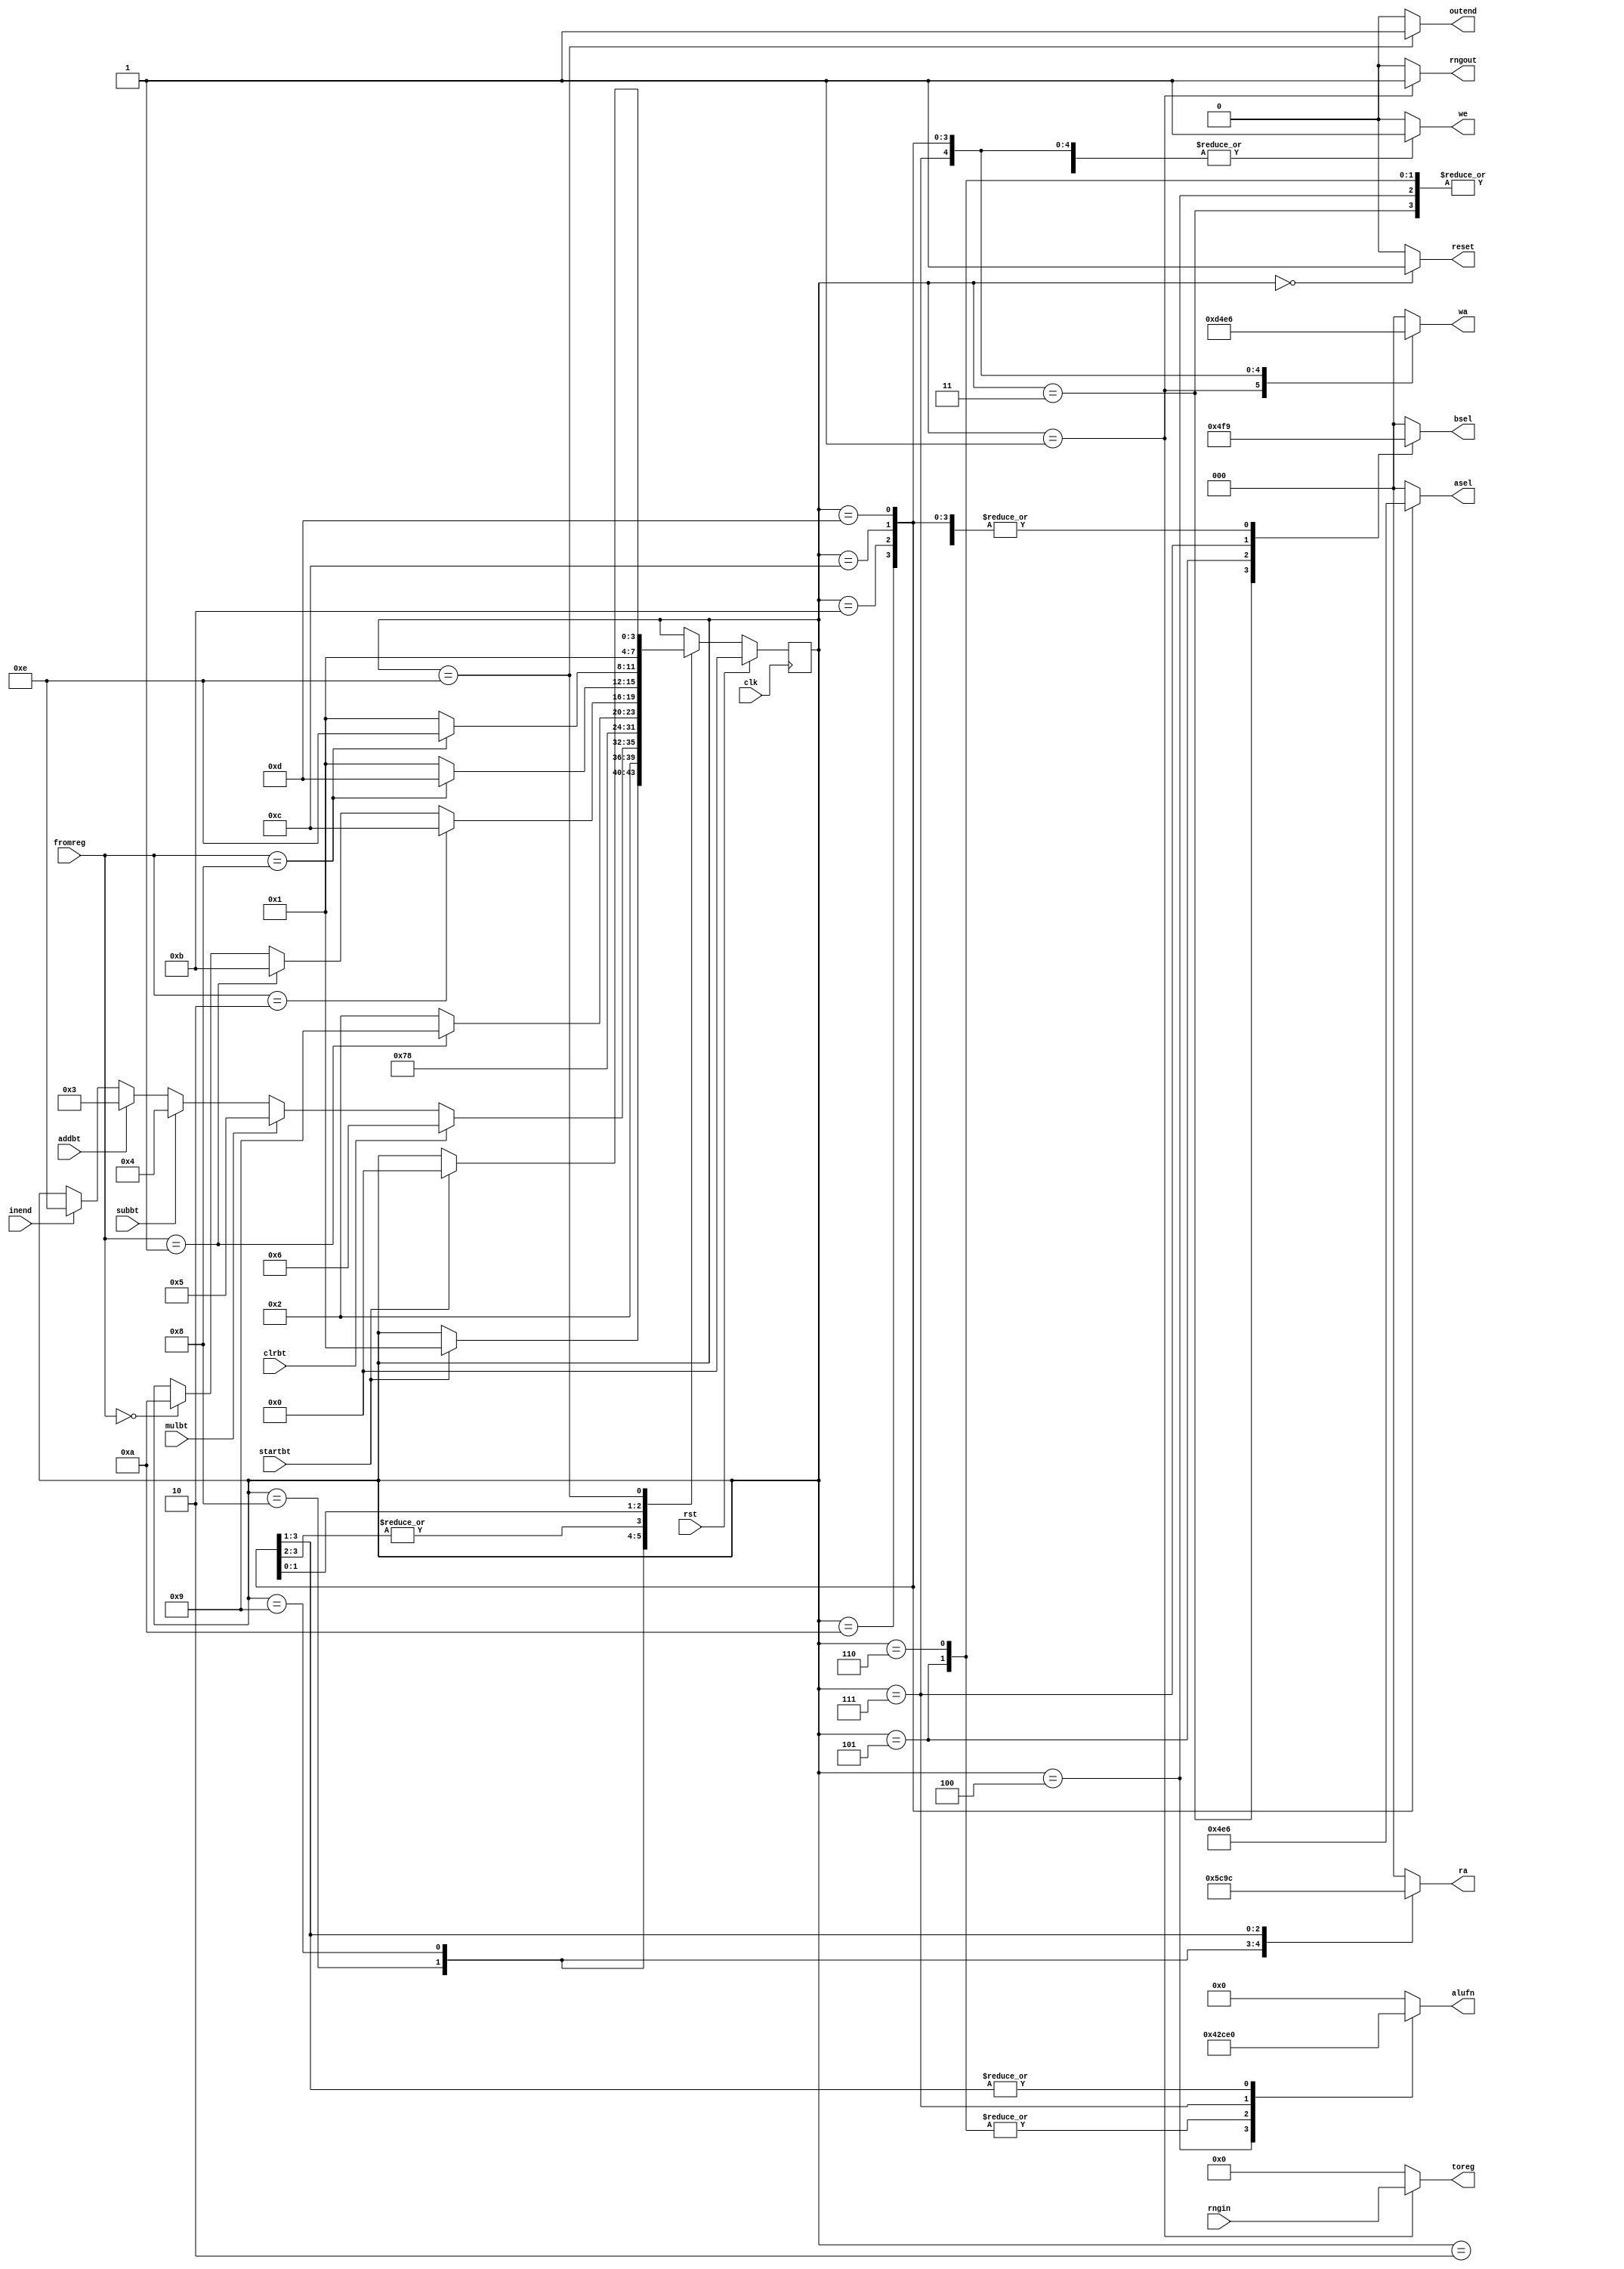
/*
   This file was generated automatically by the Mojo IDE version B1.3.6.
   Do not edit this file directly. Instead edit the original Lucid source.
   This is a temporary file and any changes made to it will be destroyed.
*/

module statemachine_6 (
    input clk,
    input rst,
    input addbt,
    input subbt,
    input mulbt,
    input startbt,
    input clrbt,
    input [15:0] fromreg,
    input [15:0] rngin,
    input inend,
    output reg [2:0] ra,
    output reg [5:0] alufn,
    output reg [2:0] bsel,
    output reg [2:0] asel,
    output reg we,
    output reg [2:0] wa,
    output reg [15:0] toreg,
    output reg reset,
    output reg rngout,
    output reg outend
  );
  
  
  
  localparam IDLE_state = 4'd0;
  localparam SELPROB_state = 4'd1;
  localparam PROB_state = 4'd2;
  localparam ADD_state = 4'd3;
  localparam SUB_state = 4'd4;
  localparam MUL_state = 4'd5;
  localparam CLR_state = 4'd6;
  localparam CMP_state = 4'd7;
  localparam CHECKRES_state = 4'd8;
  localparam CHECKLN_state = 4'd9;
  localparam MOVELN1_state = 4'd10;
  localparam MOVELN2_state = 4'd11;
  localparam MOVELN3_state = 4'd12;
  localparam CHGLN_state = 4'd13;
  localparam END_state = 4'd14;
  
  reg [3:0] M_state_d, M_state_q = IDLE_state;
  
  always @* begin
    M_state_d = M_state_q;
    
    alufn = 1'h0;
    ra = 1'h0;
    bsel = 1'h0;
    asel = 1'h0;
    we = 1'h0;
    wa = 1'h0;
    toreg = 1'h0;
    reset = 1'h0;
    rngout = 1'h0;
    outend = 1'h0;
    
    case (M_state_q)
      IDLE_state: begin
        reset = 1'h1;
        if (startbt == 1'h1) begin
          M_state_d = SELPROB_state;
        end
      end
      SELPROB_state: begin
        we = 1'h1;
        wa = 3'h1;
        rngout = 1'h1;
        toreg = rngin;
        M_state_d = PROB_state;
      end
      PROB_state: begin
        if (inend == 1'h1) begin
          M_state_d = END_state;
        end
        if (addbt == 1'h1) begin
          M_state_d = ADD_state;
        end
        if (subbt == 1'h1) begin
          M_state_d = SUB_state;
        end
        if (mulbt == 1'h1) begin
          M_state_d = MUL_state;
        end
        if (clrbt == 1'h1) begin
          M_state_d = CLR_state;
        end
      end
      ADD_state: begin
        alufn = 6'h00;
        asel = 3'h0;
        bsel = 3'h2;
        we = 1'h1;
        wa = 1'h0;
        M_state_d = CMP_state;
      end
      SUB_state: begin
        alufn = 6'h01;
        asel = 3'h0;
        bsel = 3'h1;
        we = 1'h1;
        wa = 1'h0;
        M_state_d = CMP_state;
      end
      MUL_state: begin
        alufn = 6'h02;
        asel = 1'h0;
        bsel = 3'h3;
        we = 1'h1;
        wa = 1'h0;
        M_state_d = CMP_state;
      end
      CLR_state: begin
        alufn = 6'h02;
        asel = 1'h0;
        bsel = 1'h0;
        we = 1'h1;
        wa = 1'h0;
        M_state_d = CMP_state;
      end
      CMP_state: begin
        alufn = 6'h33;
        asel = 3'h0;
        bsel = 3'h7;
        we = 1'h1;
        wa = 3'h5;
        M_state_d = CHECKRES_state;
      end
      CHECKRES_state: begin
        ra = 3'h5;
        if (fromreg == 1'h1) begin
          M_state_d = CHECKLN_state;
        end else begin
          M_state_d = PROB_state;
        end
      end
      CHECKLN_state: begin
        ra = 3'h6;
        if (fromreg == 2'h0) begin
          M_state_d = MOVELN1_state;
        end
        if (fromreg == 2'h1) begin
          M_state_d = MOVELN2_state;
        end
        if (fromreg == 2'h2) begin
          M_state_d = MOVELN3_state;
        end
      end
      MOVELN1_state: begin
        alufn = 6'h20;
        bsel = 3'h1;
        we = 1'h1;
        wa = 3'h2;
        asel = 3'h2;
        ra = 3'h2;
        if (fromreg == 4'h8) begin
          M_state_d = CHGLN_state;
        end else begin
          M_state_d = SELPROB_state;
        end
      end
      MOVELN2_state: begin
        alufn = 6'h20;
        bsel = 3'h1;
        we = 1'h1;
        wa = 3'h3;
        asel = 3'h3;
        ra = 3'h3;
        if (fromreg == 4'h8) begin
          M_state_d = CHGLN_state;
        end else begin
          M_state_d = SELPROB_state;
        end
      end
      MOVELN3_state: begin
        alufn = 6'h20;
        bsel = 3'h1;
        we = 1'h1;
        wa = 3'h4;
        asel = 3'h4;
        ra = 3'h4;
        if (fromreg == 4'h8) begin
          M_state_d = END_state;
        end else begin
          M_state_d = SELPROB_state;
        end
      end
      CHGLN_state: begin
        alufn = 6'h00;
        bsel = 3'h1;
        we = 1'h1;
        wa = 3'h6;
        asel = 3'h6;
        M_state_d = SELPROB_state;
      end
      END_state: begin
        outend = 1'h1;
        if (startbt == 1'h1) begin
          M_state_d = IDLE_state;
        end
      end
    endcase
  end
  
  always @(posedge clk) begin
    if (rst == 1'b1) begin
      M_state_q <= 1'h0;
    end else begin
      M_state_q <= M_state_d;
    end
  end
  
endmodule